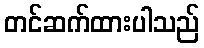
တင်ဆက်ထားပါသည်